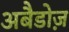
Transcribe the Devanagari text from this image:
अबैडोज़